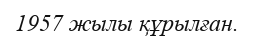
1957 жылы құрылған.